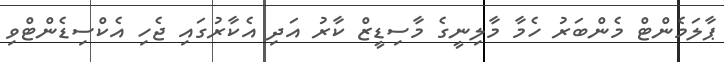
ޕާލަމެންޓް މެންބަރު ހެމާ މާލިނީގެ މާސިޑީޒް ކާރު އަދި އެކާރުގައި ޖެހި އެކްސިޑެންޓްވި